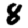
Digit: 8